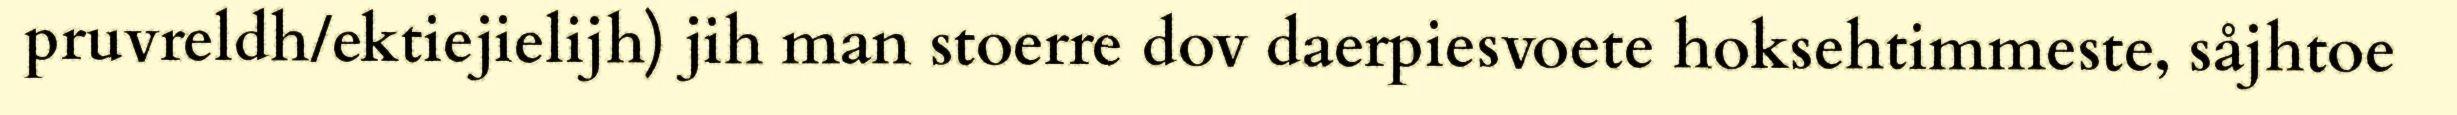
pruvreldh/ektiejielijh) jih man stoerre dov daerpiesvoete hoksehtimmeste, såjhtoe